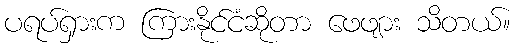
ပရပ်ရှားက ကြားနိုင်ငံဆိုတာ ဖေဖျား သိတယ်။